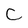
Character: c